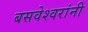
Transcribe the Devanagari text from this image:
बसवेश्वरांनी